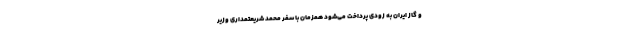
و گاز ایران به زودی پرداخت می‌شود همزمان با سفر محمد شریعتمداری وزیر